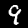
Digit: 9